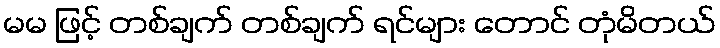
မမ ဖြင့် တစ်ချက် တစ်ချက် ရင်များ တောင် တုံမိတယ်